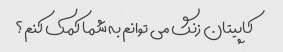
کاپیتان زنگ می توانم به شما کمک کنم؟